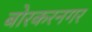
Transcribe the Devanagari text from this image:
बोरकरनगर